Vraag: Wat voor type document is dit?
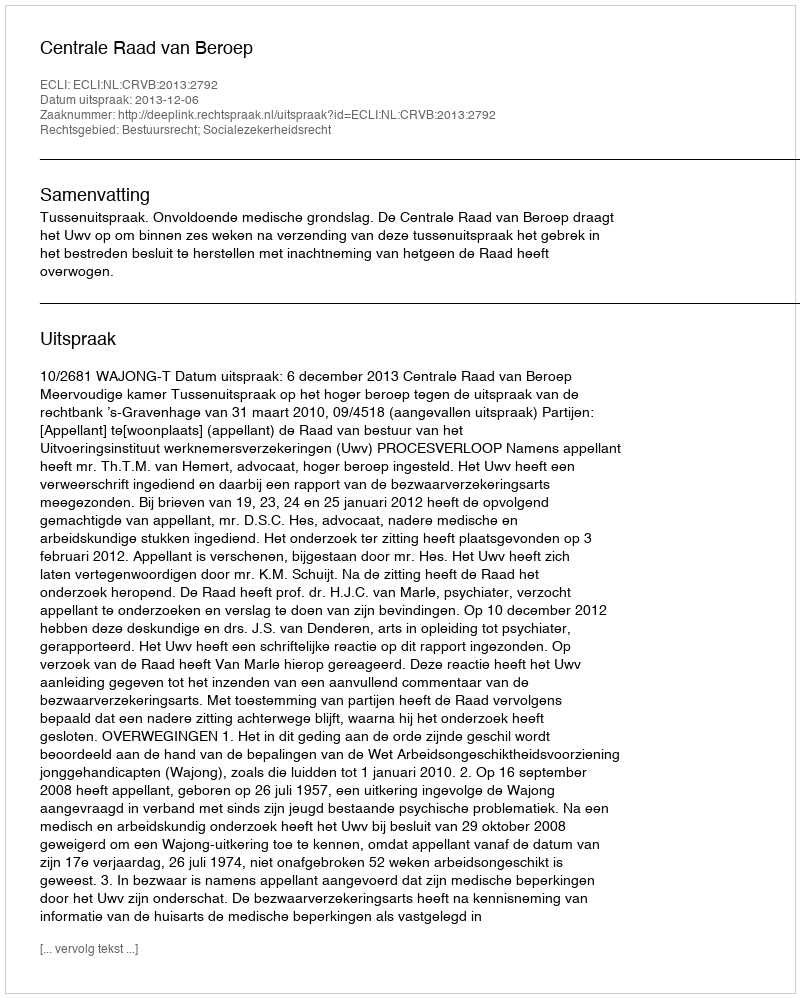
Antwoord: Uitspraak